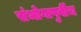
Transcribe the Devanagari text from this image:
संभोगापुर्वीच